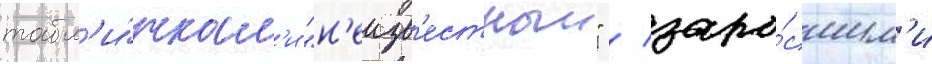
табл'и́чкам'и "н'еизв'естныи" / заро́сшим'и